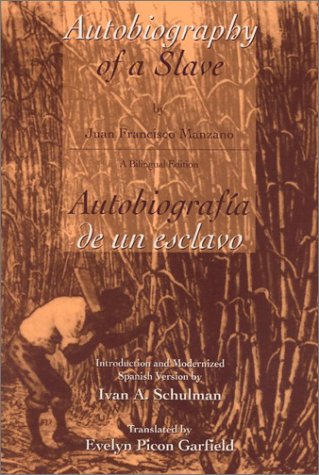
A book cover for Autobiography of a Slave Autobiografia de un esclavo (English and Spanish Edition); Juan Francisco Manzano; History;